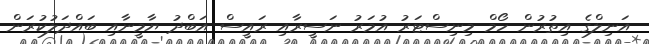
އަނިލްގެ އިތުރުން ހޯމް މިނިސްޓަރު އުމަރު ނަސީރާއި ރައީސް އަބްދު ޔާމީނާއި ބައްދަލުކުރަން